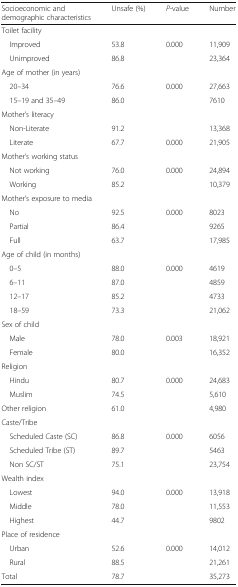
<table><thead><tr><td><b>Socioeconomic and demographic characteristics</b></td><td><b>Unsafe (%)</b></td><td><b><i>P</i>-value</b></td><td><b>Number</b></td></tr></thead><tbody><tr><td colspan="4">Toilet facility</td></tr><tr><td> Improved</td><td>53.8</td><td>0.000</td><td>11,909</td></tr><tr><td> Unimproved</td><td>86.8</td><td></td><td>23,364</td></tr><tr><td colspan="4">Age of mother (in years)</td></tr><tr><td> 20–34</td><td>76.6</td><td>0.000</td><td>27,663</td></tr><tr><td> 15–19 and 35–49</td><td>86.0</td><td></td><td>7610</td></tr><tr><td colspan="4">Mother’s literacy</td></tr><tr><td> Non-Literate</td><td>91.2</td><td></td><td>13,368</td></tr><tr><td> Literate</td><td>67.7</td><td>0.000</td><td>21,905</td></tr><tr><td colspan="4">Mother’s working status</td></tr><tr><td> Not working</td><td>76.0</td><td>0.000</td><td>24,894</td></tr><tr><td> Working</td><td>85.2</td><td></td><td>10,379</td></tr><tr><td colspan="4">Mother’s exposure to media</td></tr><tr><td> No</td><td>92.5</td><td>0.000</td><td>8023</td></tr><tr><td> Partial</td><td>86.4</td><td></td><td>9265</td></tr><tr><td> Full</td><td>63.7</td><td></td><td>17,985</td></tr><tr><td colspan="4">Age of child (in months)</td></tr><tr><td> 0–5</td><td>88.0</td><td>0.000</td><td>4619</td></tr><tr><td> 6–11</td><td>87.0</td><td></td><td>4859</td></tr><tr><td> 12–17</td><td>85.2</td><td></td><td>4733</td></tr><tr><td> 18–59</td><td>73.3</td><td></td><td>21,062</td></tr><tr><td colspan="4">Sex of child</td></tr><tr><td> Male</td><td>78.0</td><td>0.003</td><td>18,921</td></tr><tr><td> Female</td><td>80.0</td><td></td><td>16,352</td></tr><tr><td colspan="4">Religion</td></tr><tr><td> Hindu</td><td>80.7</td><td>0.000</td><td>24,683</td></tr><tr><td> Muslim</td><td>74.5</td><td></td><td>5,610</td></tr><tr><td>Other religion</td><td>61.0</td><td></td><td>4,980</td></tr><tr><td colspan="4">Caste/Tribe</td></tr><tr><td> Scheduled Caste (SC)</td><td>86.8</td><td>0.000</td><td>6056</td></tr><tr><td> Scheduled Tribe (ST)</td><td>89.7</td><td></td><td>5463</td></tr><tr><td> Non SC/ST</td><td>75.1</td><td></td><td>23,754</td></tr><tr><td colspan="4">Wealth index</td></tr><tr><td> Lowest</td><td>94.0</td><td>0.000</td><td>13,918</td></tr><tr><td> Middle</td><td>78.0</td><td></td><td>11,553</td></tr><tr><td> Highest</td><td>44.7</td><td></td><td>9802</td></tr><tr><td colspan="4">Place of residence</td></tr><tr><td> Urban</td><td>52.6</td><td>0.000</td><td>14,012</td></tr><tr><td> Rural</td><td>88.5</td><td></td><td>21,261</td></tr><tr><td>Total</td><td>78.7</td><td></td><td>35,273</td></tr></tbody></table>